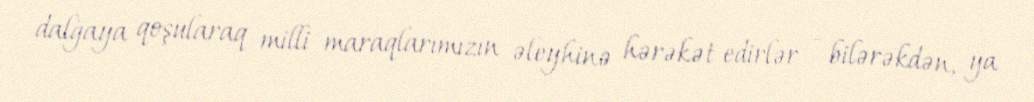
dalğaya qoşularaq milli maraqlarımızın əleyhinə hərəkət edirlər - bilərəkdən, ya